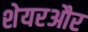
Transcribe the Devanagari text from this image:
शेयरऔर